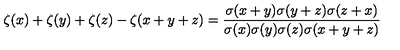
\zeta ( x ) + \zeta ( y ) + \zeta ( z ) - \zeta ( x + y + z ) = { \frac { \sigma ( x + y ) \sigma ( y + z ) \sigma ( z + x ) } { \sigma ( x ) \sigma ( y ) \sigma ( z ) \sigma ( x + y + z ) } }